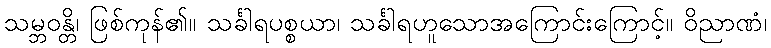
သမ္ဘဝန္တိ၊ ဖြစ်ကုန်၏။ သင်္ခါရပစ္စယာ၊ သင်္ခါရဟူသောအကြောင်းကြောင့်။ ဝိညာဏံ၊